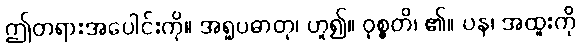
ဤတရားအပေါင်းကို။ အရူပဓာတု၊ ဟူ၍။ ဝုစ္စတိ၊ ၏။ ပန၊ အထူးကို